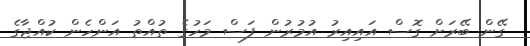
ގޭން ބޭރަށް ގޮސް އައިއިރު އުމުރުން ފަސް މަހުގެ ތުއްތު އަންހެން ކުއްޖާގެ